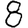
Digit: 8